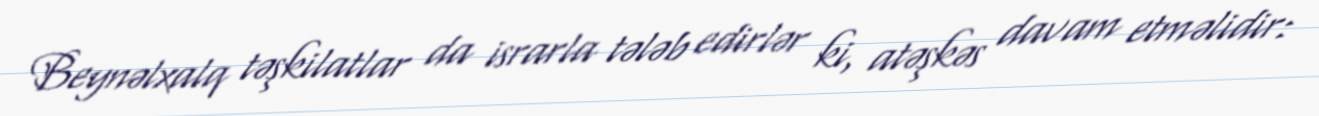
Beynəlxalq təşkilatlar da israrla tələb edirlər ki, atəşkəs davam etməlidir: